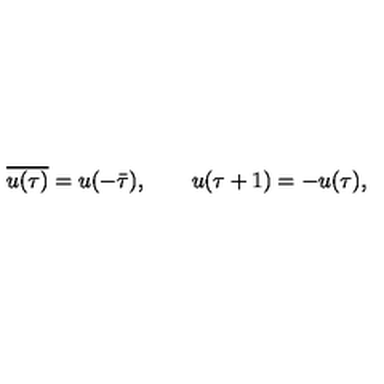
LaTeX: \overline { { u ( \tau ) } } = u ( - \bar { \tau } ) , \qquad u ( \tau + 1 ) = - u ( \tau ) ,